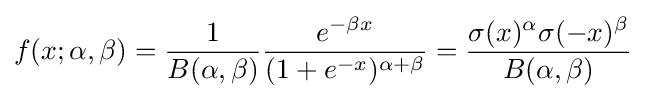
f(x;\alpha ,\beta )={\frac {1}{B(\alpha ,\beta )}}{\frac {e^{-\beta x}}{(1+e^{-x})^{\alpha +\beta }}}={\frac {\sigma (x)^{\alpha }\sigma (-x)^{\beta }}{B(\alpha ,\beta )}}